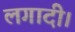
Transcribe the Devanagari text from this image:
लगादी।